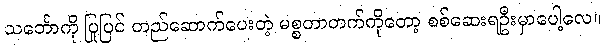
သင်္ဘောကို ပြုပြင် တည်ဆောက်ပေးတဲ့ မစ္စတာတက်ကိုတော့ စစ်ဆေးရဦးမှာပေါ့လေ။